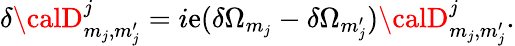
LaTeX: \delta{\calD}_{m_{j},m_{j}^{\prime}}^{j}=i\mathrm{e}(\delta\Omega_{m_{j}}-\delta\Omega_{m_{j}^{\prime}}){\calD}_{m_{j},m_{j}^{\prime}}^{j}.